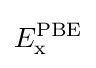
E_{\text{x}}^{\text{PBE}}